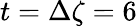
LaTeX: t=\Delta\zeta=6